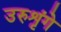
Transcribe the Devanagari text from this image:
उरुशृंगे